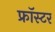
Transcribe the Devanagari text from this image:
फ्रॉस्टर